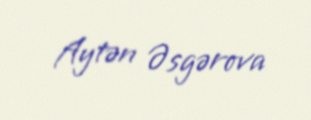
Aytən Əsgərova